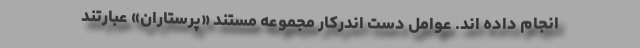
انجام داده اند. عوامل دست اندرکار مجموعه مستند «پرستاران» عبارتند